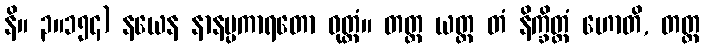
နိ။ ၃။၁၅၄) နယေန နာနပ္ပကာရတော ဝုတ္တံ။ တတ္ထ ယတ္ထ တံ နိက္ခိတ္တံ ဟောတိ, တတ္ထ